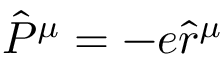
\hat { P } ^ { \mu } = - e \hat { r } ^ { \mu }